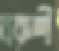
বকশী